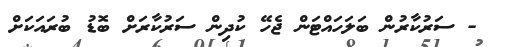
- ސަރުކާރުން ބަލަހައްޓަން ޖެހޭ ކުދިން ސަރުކާރަށް ބޮޑު ބުރައަކަށް